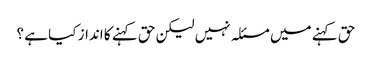
حق کہنے میں مسئلہ نہیں لیکن حق کہنے کا انداز کیا ہے ؟